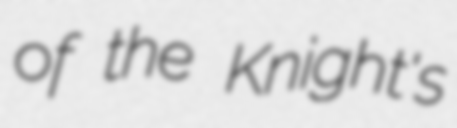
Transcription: of the Knight's